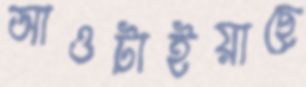
আওটাইয়াছে